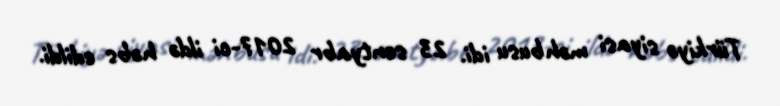
Türkiyə siyasi məhbusu idi. 23 sentyabr 2017-ci ildə həbs edildi.